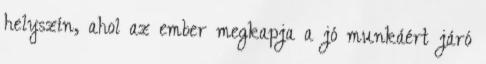
helyszín, ahol az ember megkapja a jó munkáért járó